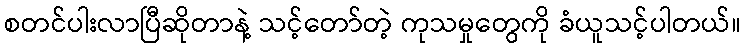
စတင်ပါးလာပြီဆိုတာနဲ့ သင့်တော်တဲ့ ကုသမှုတွေကို ခံယူသင့်ပါတယ်။